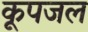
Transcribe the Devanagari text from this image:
कूपजल